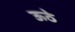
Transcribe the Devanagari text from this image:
ऊठे